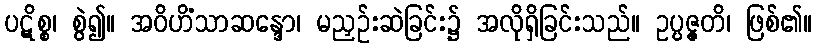
ပဋိစ္စ၊ စွဲ၍။ အဝိဟိံသာဆန္ဒော၊ မညှဉ်းဆဲခြင်း၌ အလိုရှိခြင်းသည်။ ဥပ္ပဇ္ဇတိ၊ ဖြစ်၏။